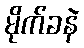
မိုက်ခနဲ